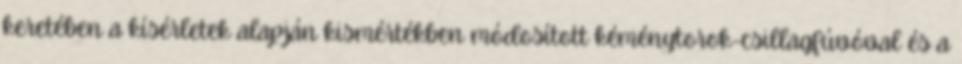
keretében a kísérletek alapján kismértékben módosított kéménytorok-csillagfúvóval és a